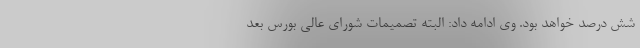
شش درصد خواهد بود. وی ادامه داد: البته تصمیمات شورای عالی بورس بعد